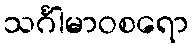
သင်္ဂါမာဝစရော